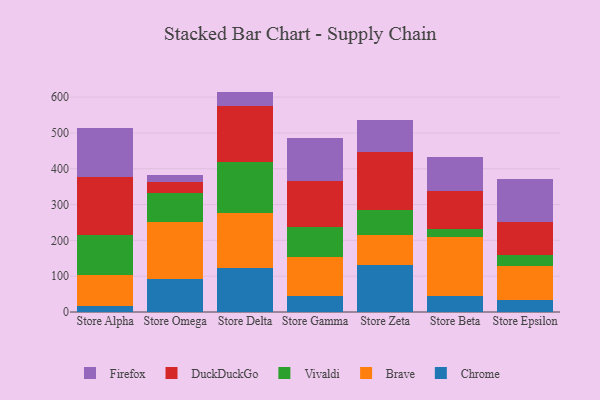
{"axis": {"x": "Store", "y": "Market Share (%)"}, "legend": ["Brave", "Chrome", "DuckDuckGo", "Firefox", "Vivaldi"], "data": [{"x": "Store Alpha", "y": 16.9, "type": "Chrome"}, {"x": "Store Alpha", "y": 86.9, "type": "Brave"}, {"x": "Store Alpha", "y": 112.6, "type": "Vivaldi"}, {"x": "Store Alpha", "y": 159.7, "type": "DuckDuckGo"}, {"x": "Store Alpha", "y": 137.8, "type": "Firefox"}, {"x": "Store Omega", "y": 93.3, "type": "Chrome"}, {"x": "Store Omega", "y": 159.2, "type": "Brave"}, {"x": "Store Omega", "y": 78.5, "type": "Vivaldi"}, {"x": "Store Omega", "y": 31.6, "type": "DuckDuckGo"}, {"x": "Store Omega", "y": 20.7, "type": "Firefox"}, {"x": "Store Delta", "y": 122.2, "type": "Chrome"}, {"x": "Store Delta", "y": 154.5, "type": "Brave"}, {"x": "Store Delta", "y": 143.1, "type": "Vivaldi"}, {"x": "Store Delta", "y": 154.9, "type": "DuckDuckGo"}, {"x": "Store Delta", "y": 40.7, "type": "Firefox"}, {"x": "Store Gamma", "y": 43.9, "type": "Chrome"}, {"x": "Store Gamma", "y": 109.4, "type": "Brave"}, {"x": "Store Gamma", "y": 83.3, "type": "Vivaldi"}, {"x": "Store Gamma", "y": 130.0, "type": "DuckDuckGo"}, {"x": "Store Gamma", "y": 119.9, "type": "Firefox"}, {"x": "Store Zeta", "y": 130.1, "type": "Chrome"}, {"x": "Store Zeta", "y": 84.5, "type": "Brave"}, {"x": "Store Zeta", "y": 69.6, "type": "Vivaldi"}, {"x": "Store Zeta", "y": 163.8, "type": "DuckDuckGo"}, {"x": "Store Zeta", "y": 88.6, "type": "Firefox"}, {"x": "Store Beta", "y": 45.5, "type": "Chrome"}, {"x": "Store Beta", "y": 163.4, "type": "Brave"}, {"x": "Store Beta", "y": 22.4, "type": "Vivaldi"}, {"x": "Store Beta", "y": 105.3, "type": "DuckDuckGo"}, {"x": "Store Beta", "y": 95.2, "type": "Firefox"}, {"x": "Store Epsilon", "y": 32.3, "type": "Chrome"}, {"x": "Store Epsilon", "y": 95.4, "type": "Brave"}, {"x": "Store Epsilon", "y": 31.0, "type": "Vivaldi"}, {"x": "Store Epsilon", "y": 93.9, "type": "DuckDuckGo"}, {"x": "Store Epsilon", "y": 118.6, "type": "Firefox"}]}